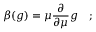
\beta ( g ) = \mu { \frac { \partial } { \partial \mu } } g \quad ;